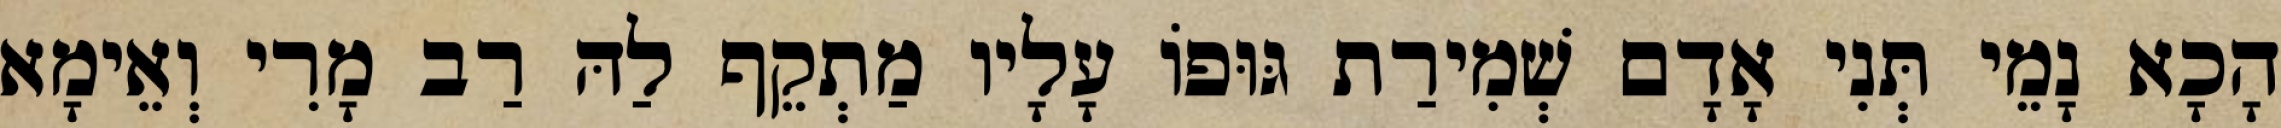
הָכָא נָמֵי תְּנִי אָדָם שְׁמִירַת גּוּפוֹ עָלָיו מַתְקֵף לַהּ רַב מָרִי וְאֵימָא